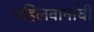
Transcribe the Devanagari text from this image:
पहिलवानांची